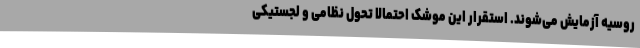
روسیه آزمایش می‌شوند. استقرار این موشک احتمالا تحول نظامی و لجستیکی